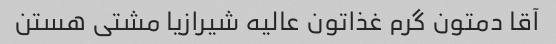
آقا دمتون گرم غذاتون عالیه شیرازیا مشتی هستن